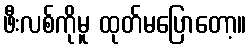
ဖီးလစ်ကိုမူ ထုတ်မပြောတော့။